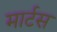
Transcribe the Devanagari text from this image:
मार्टस